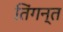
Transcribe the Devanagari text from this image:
तिंगन्त